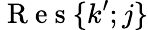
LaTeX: \mathrm{~R~e~s~}\{ k^{\prime};j\}